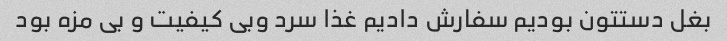
بغل دستتون بودیم سفارش دادیم غذا سرد وبی کیفیت و بی مزه بود